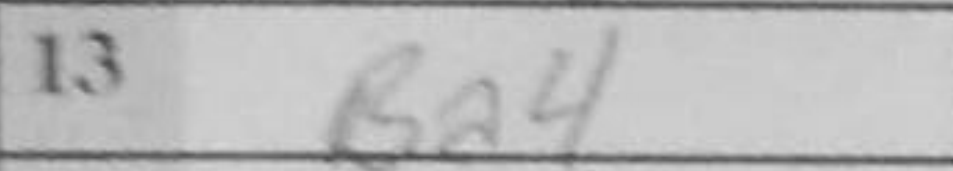
Transcription: Ba4